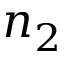
n _ { 2 }